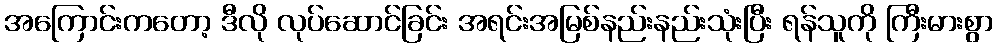
အကြောင်းကတော့ ဒီလို လုပ်ဆောင်ခြင်း အရင်းအမြစ်နည်းနည်းသုံးပြီး ရန်သူကို ကြီးမားစွာ